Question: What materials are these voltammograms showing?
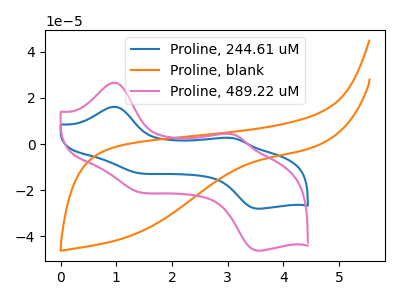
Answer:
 <answer>The blue curve is labeled "Proline, 244.61 uM". The orange curve is labeled "Proline, blank". The pink curve is labeled "Proline, 489.22 uM".</answer>
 <eval></eval>